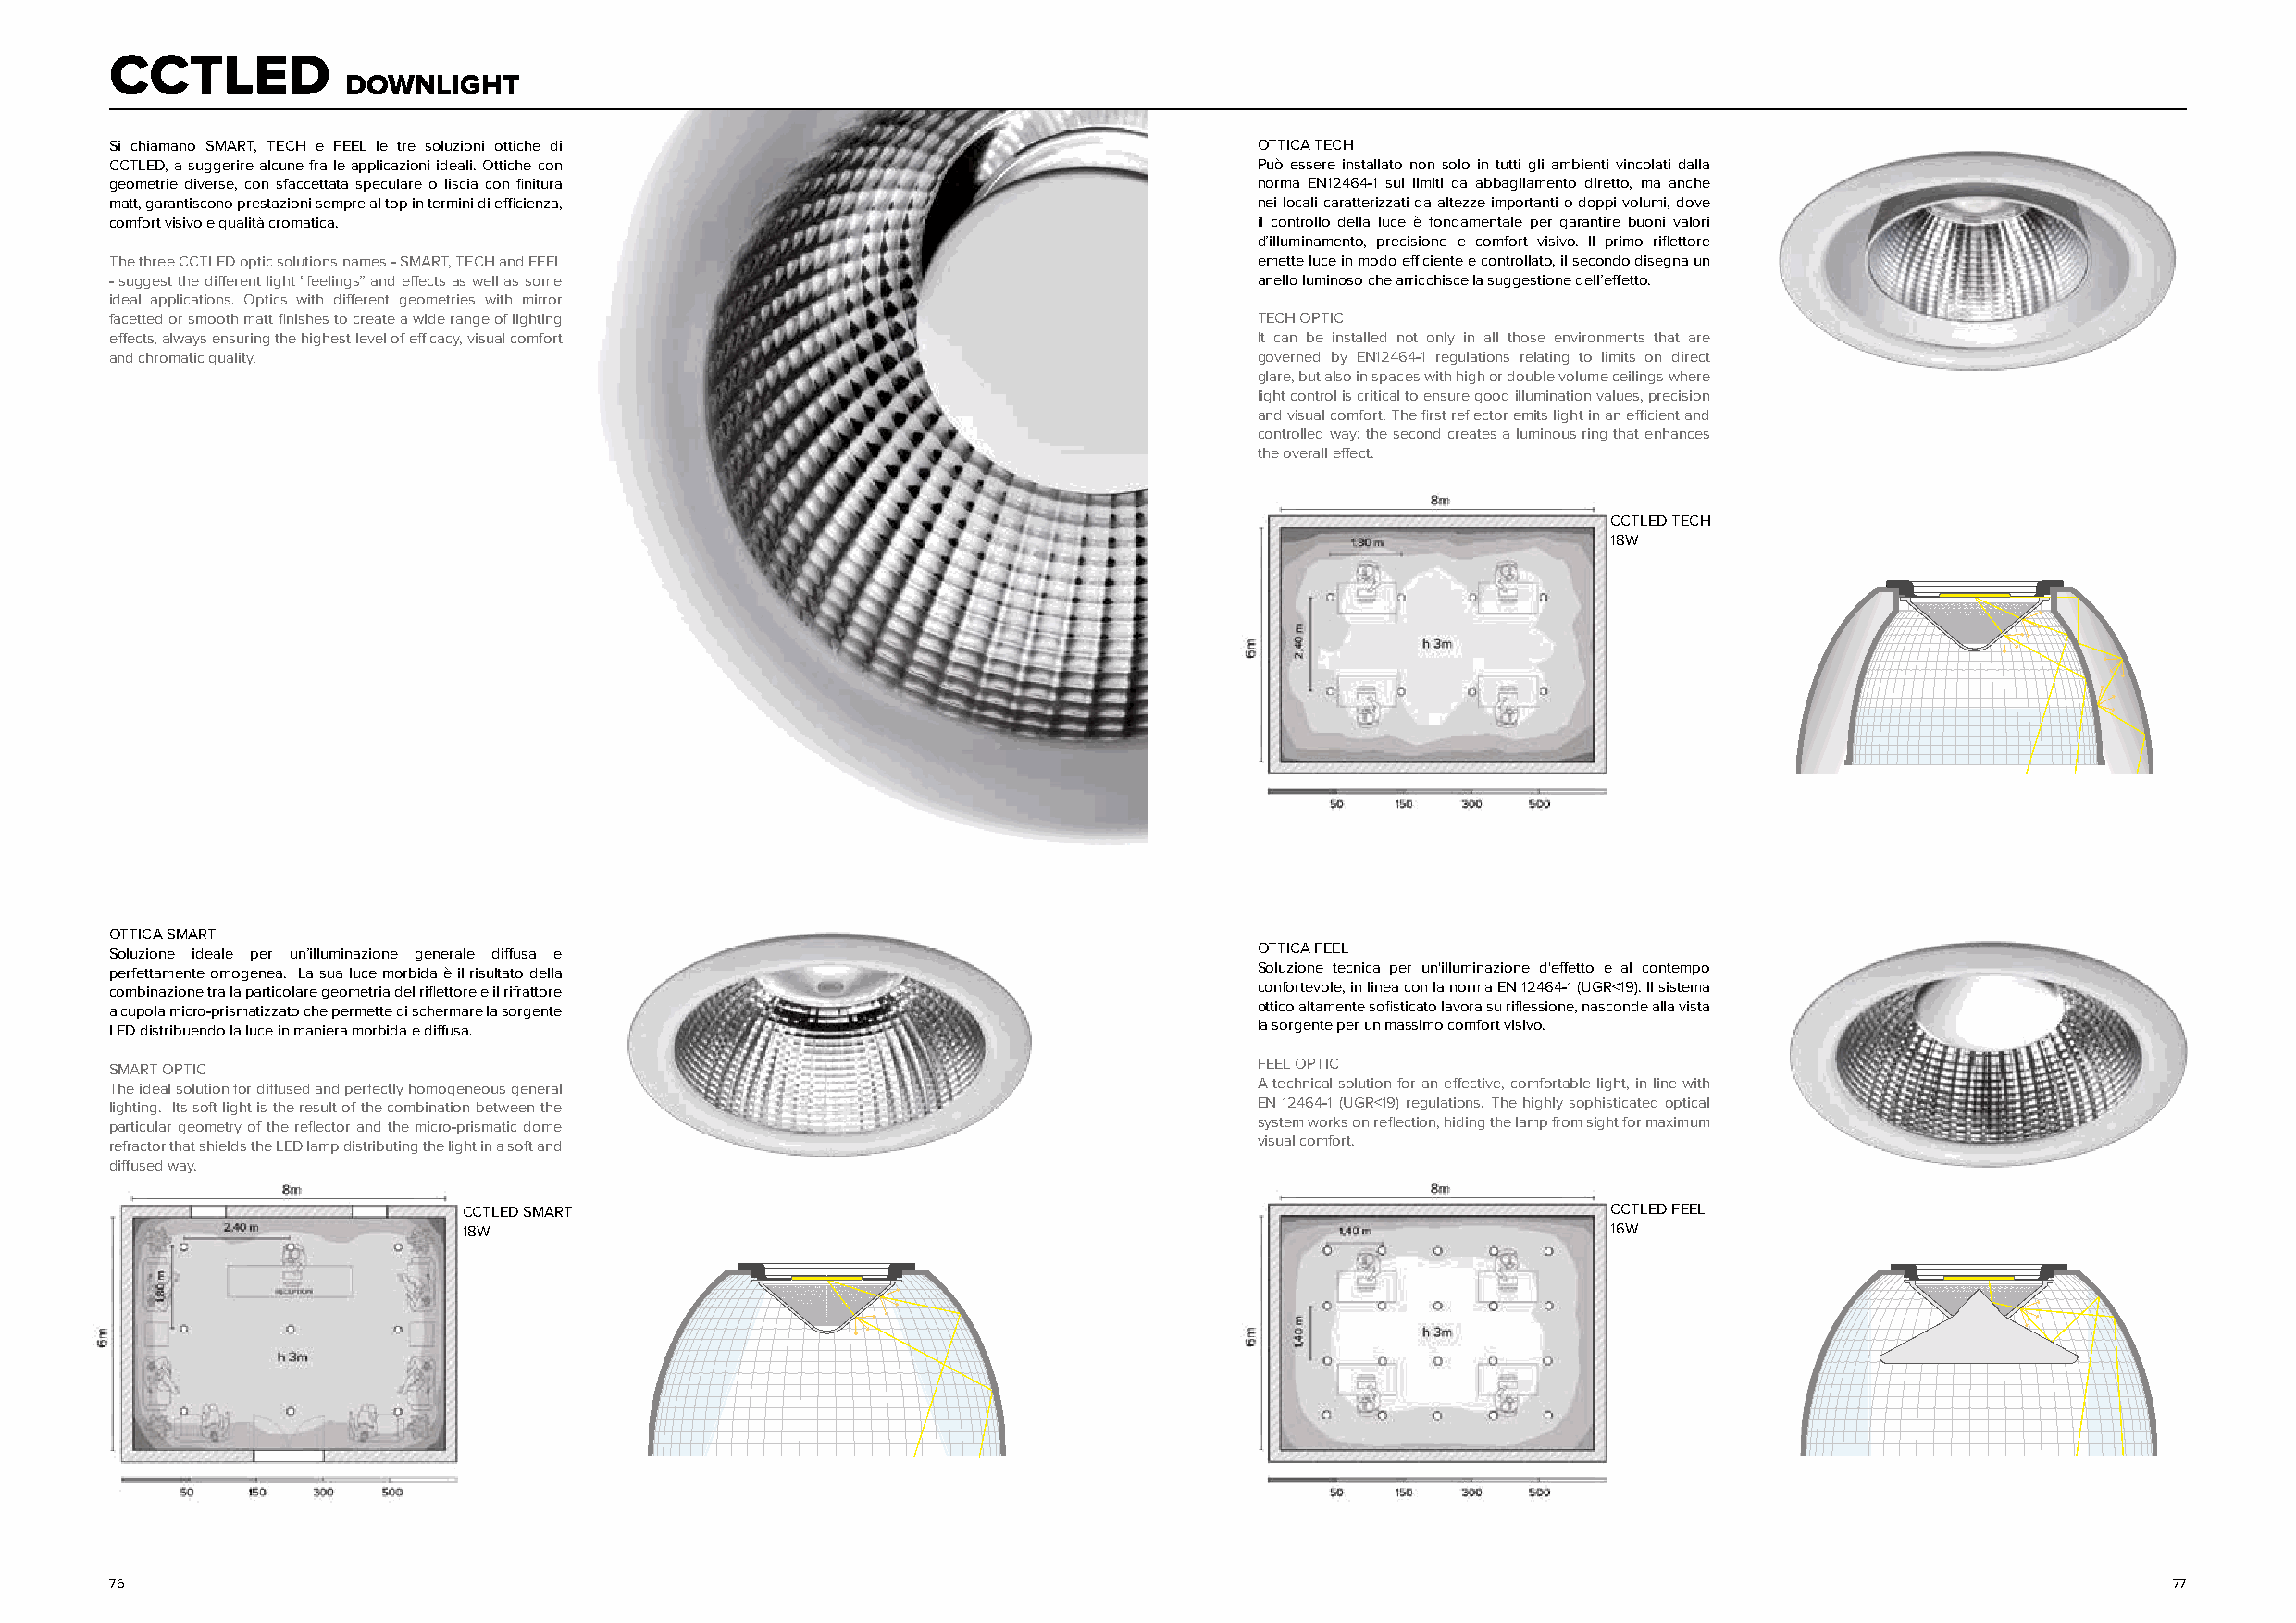
CCTLED
 DOWNLIGHT
 Si chiamano SMART, TECH e FEEL le tre soluzioni ottiche di                        OTTICA TECH
 CCTLED, a suggerire alcune fra le applicazioni ideali. Ottiche con                Può essere installato non solo in tutti gli ambienti vincolati dalla
 geometrie diverse, con sfaccettata speculare o liscia con finitura                norma EN12464-1 sui limiti da abbagliamento diretto, ma anche
 matt, garantiscono prestazioni sempre al top in termini di efficienza,            nei locali caratterizzati da altezze importanti o doppi volumi, dove
 comfort visivo e qualità cromatica.                                               il controllo della luce è fondamentale per garantire buoni valori
 d’illuminamento, precisione e comfort visivo. Il primo riflettore
 The three CCTLED optic solutions names - SMART, TECH and FEEL                     emette luce in modo efficiente e controllato, il secondo disegna un
 - suggest the different light “feelings” and effects as well as some              anello luminoso che arricchisce la suggestione dell’effetto.
 ideal applications. Optics with different geometries with mirror
 facetted or smooth matt finishes to create a wide range of lighting               TECH OPTIC
 effects, always ensuring the highest level of efficacy, visual comfort            It can be installed not only in all those environments that are
 and chromatic quality.                                                            governed by EN12464-1 regulations relating to limits on direct
 glare, but also in spaces with high or double volume ceilings where
 light control is critical to ensure good illumination values, precision
 and visual comfort. The first reflector emits light in an efficient and
 controlled way; the second creates a luminous ring that enhances
 the overall effect.
 CCTLED TECH
 18W
 OTTICA SMART
 Soluzione ideale per un’illuminazione generale diffusa e                          OTTICA FEEL
 perfettamente omogenea. La sua luce morbida è il risultato della                  Soluzione tecnica per un'illuminazione d'effetto e al contempo
 combinazione tra la particolare geometria del riflettore e il rifrattore          confortevole, in linea con la norma EN 12464-1 (UGR<19). Il sistema
 a cupola micro-prismatizzato che permette di schermare la sorgente                ottico altamente sofisticato lavora su riflessione, nasconde alla vista
 LED distribuendo la luce in maniera morbida e diffusa.                            la sorgente per un massimo comfort visivo.
 SMART OPTIC                                                                       FEEL OPTIC
 The ideal solution for diffused and perfectly homogeneous general                 A technical solution for an effective, comfortable light, in line with
 lighting. Its soft light is the result of the combination between the             EN 12464-1 (UGR<19) regulations. The highly sophisticated optical
 particular geometry of the reflector and the micro-prismatic dome                 system works on reflection, hiding the lamp from sight for maximum
 refractor that shields the LED lamp distributing the light in a soft and          visual comfort.
 diffused way.
 CCTLED SMART                                                                      CCTLED FEEL
 18W                                                                               16W
 76                                                                                                                                                 77